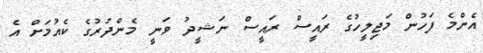
އެންމެ ފަހުން މަޖިލީހުގެ ރައީސް ރައީސް ނަޝީދު ވަނީ މެންދުރުގެ ކެއުމަށް އެ